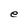
Character: e